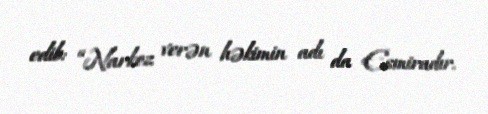
edib: “Narkoz verən həkimin adı da Esmiradır.